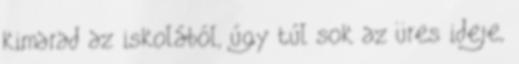
kimarad az iskolából, úgy túl sok az üres ideje,